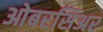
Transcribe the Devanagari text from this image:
ओबरसिअर